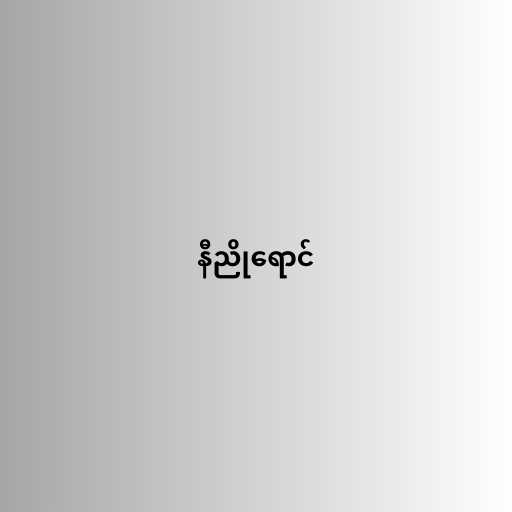
နီညိုရောင်